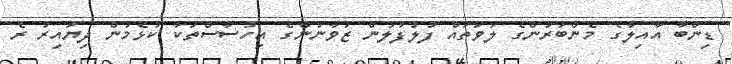
ޑިންބާ އާއިލާގެ މެންބަރުންގެ ލަވަތައް ފުލުފުލުން ޒުވާނުންގެ އިހުސާސްތަކާ ކުޅެމުން ދިޔައިރު ރެ